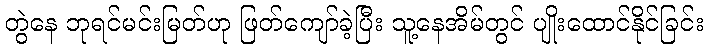
တွဲနေ ဘုရင်မင်းမြတ်ဟု ဖြတ်ကျော်ခဲ့ပြီး သူ့နေအိမ်တွင် ပျိုးထောင်နိုင်ခြင်း